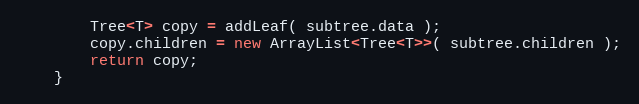
Language: Java
        Tree<T> copy = addLeaf( subtree.data );
        copy.children = new ArrayList<Tree<T>>( subtree.children );
        return copy;
    }